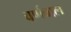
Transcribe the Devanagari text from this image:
वर्णवाल